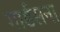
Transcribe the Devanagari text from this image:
गार्डसना